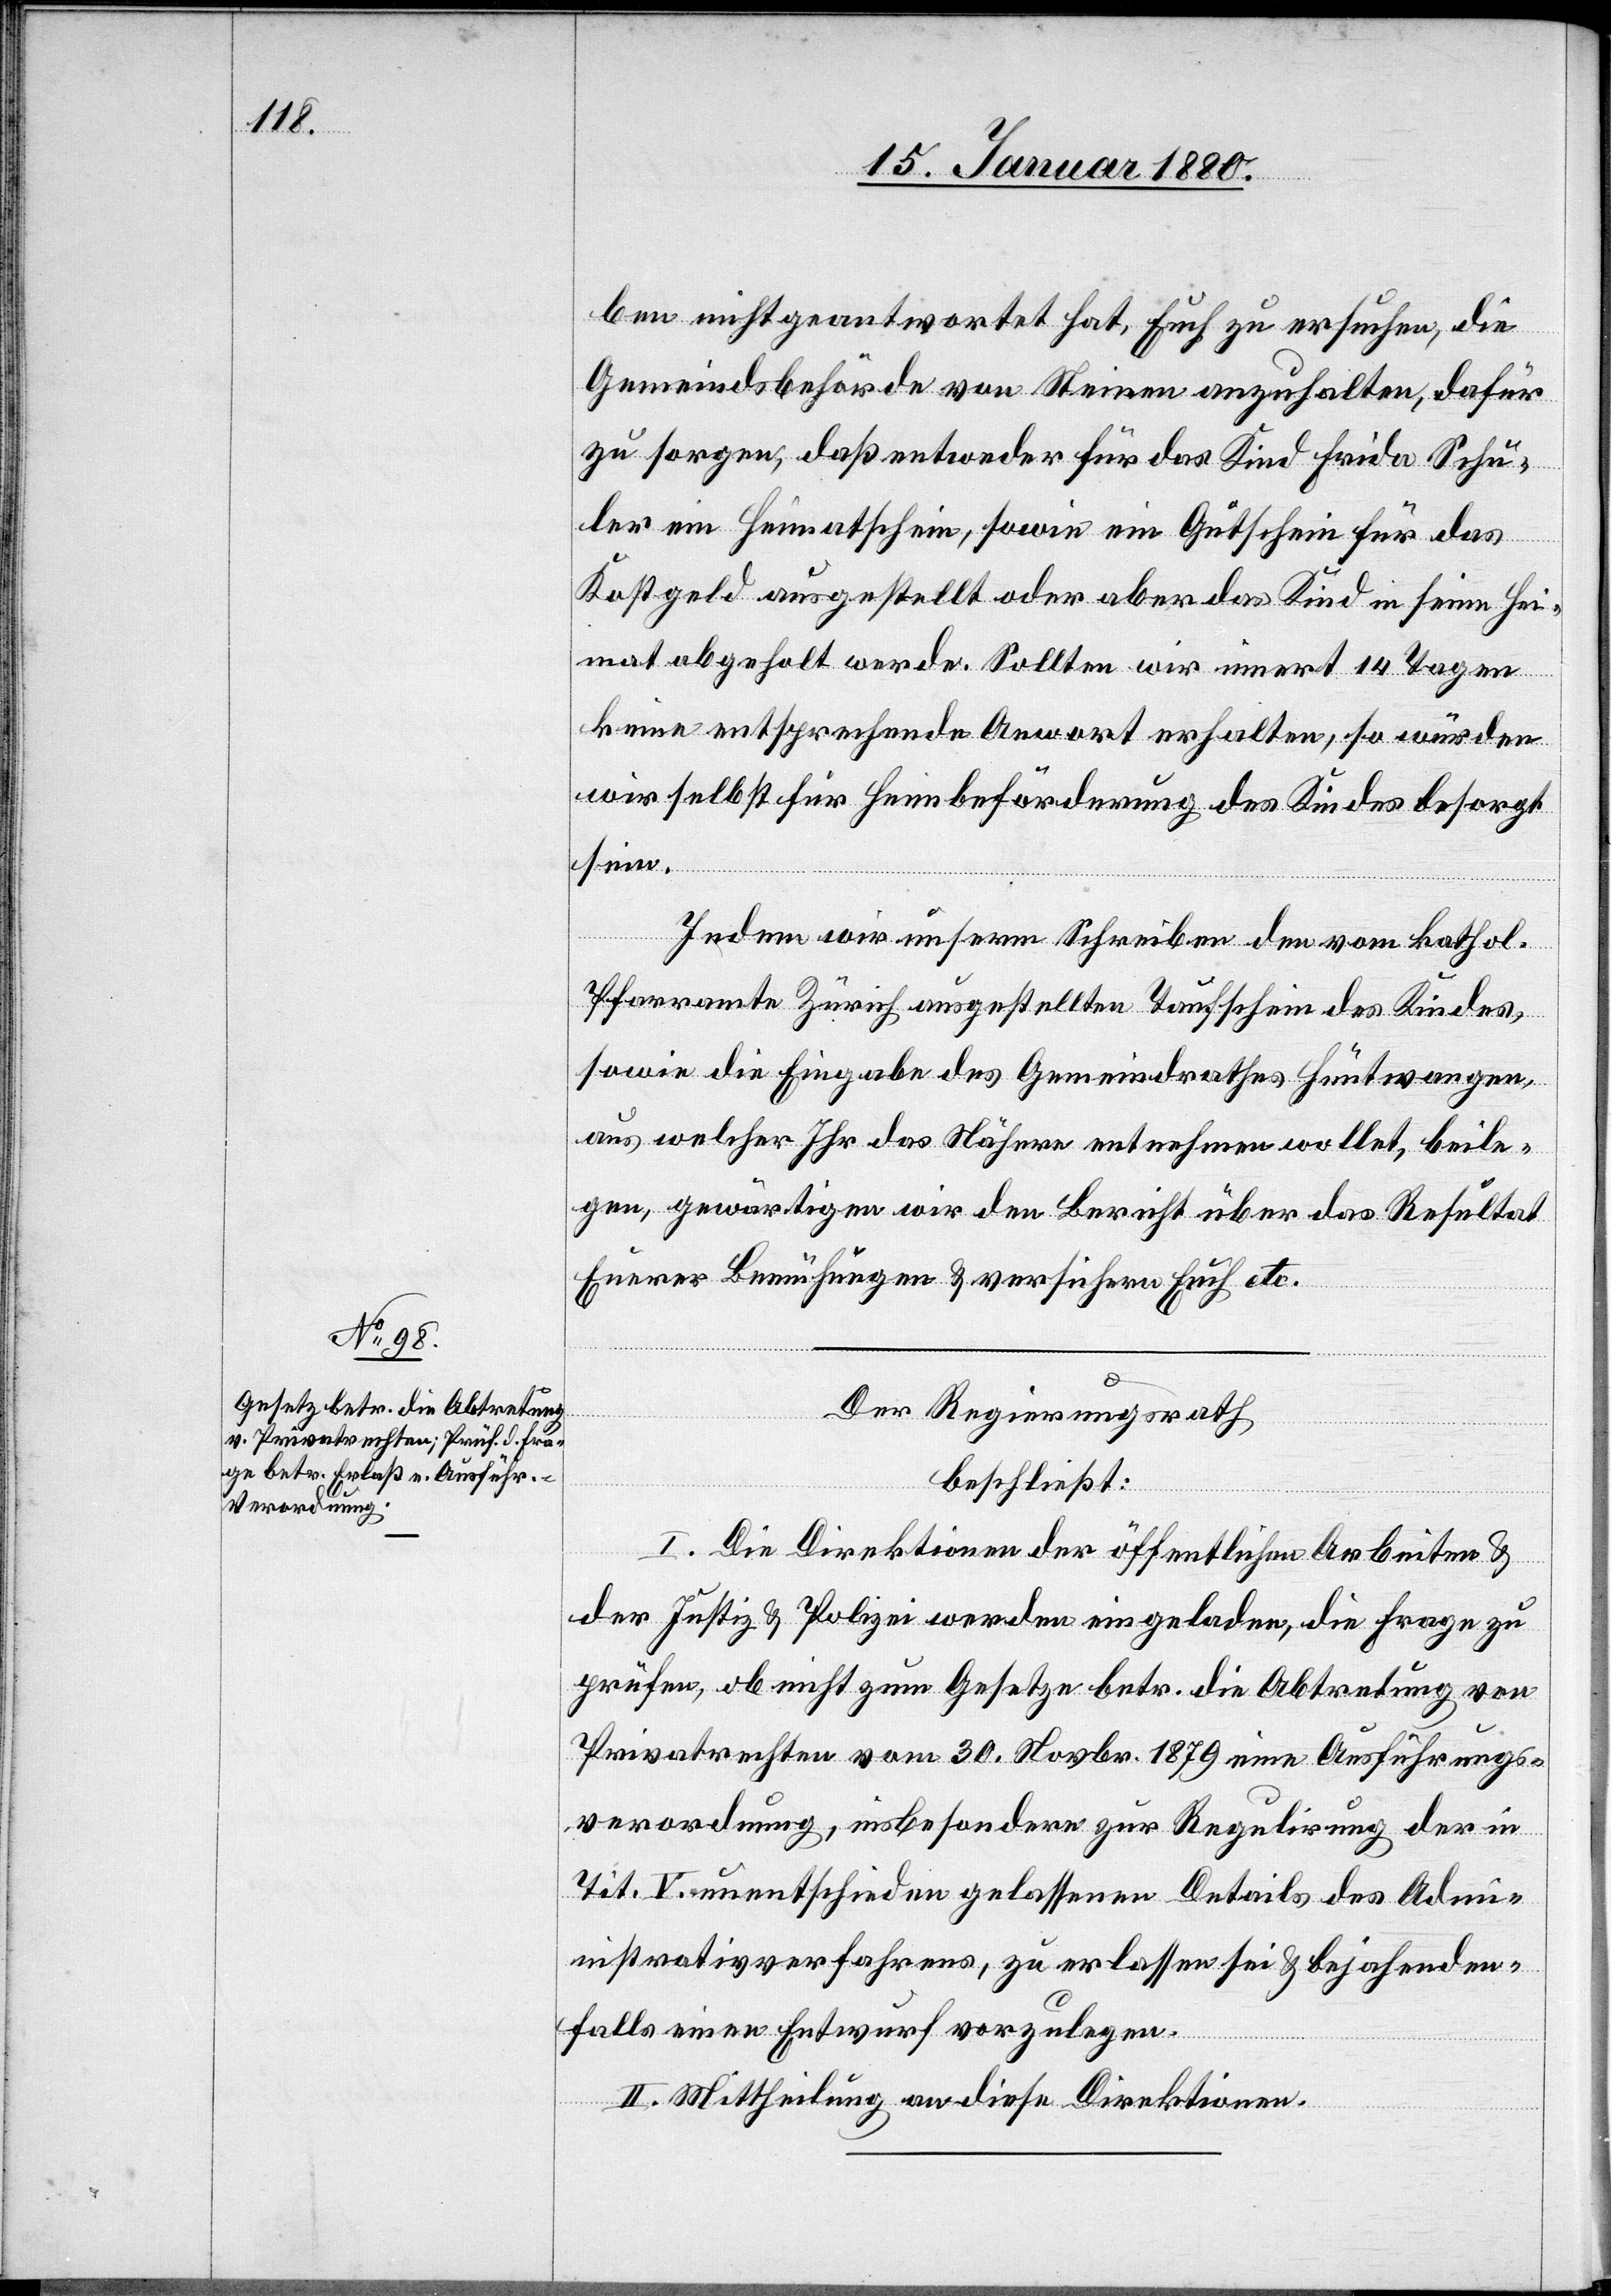
ben nicht geantwortet hat, Euch zu ersuchen, die
Gemeindsbehörde von Steinen anzuhalten, dafür
zu sorgen, daß entweder für das Kind Frida Schu¬
ler ein Heimatschein, sowie ein Gutschein für das
Kostgeld ausgestellt oder aber das Kind in seine Hei¬
mat abgeholt werde. Sollen wir innert 14 Tagen
keine entsprechende An[t]wort erhalten, so würden
wir selbst für Heimbeförderung des Kindes besorgt
sein.
Indem wir unserm Schreiben den vom kathol.
Pfarramte Zürich ausgestellten Taufschein des Kindes,
sowie die Eingabe des Gemeindrathes Hüntwangen
aus welcher Ihr das Nähere entnehmen wollet, beile¬
gen, gewärtigen wir den Bericht über das Resultat
Eurer Bemühungen & versichern Euch etc.
Der Regierungsrath,
beschließt:
I. Die Direktionen der öffentlichen Arbeiten &
der Justiz & Polizei werden eingeladen, die Frage zu
prüfen, ob nicht zum Gesetze betr. die Abtretung von
Privatrechten vom 30. Novbr. 1879 eine Ausführungs¬
verordnung, insbesondere zur Regulirung der in
Tit. V unentschieden gelassenen Details des Adm¬
inistrativverfahrens, zu erlassen sei & bejahrenden
Falls einen Entwurf vorzulegen.
II. Mittheilung an diese Direktionen.